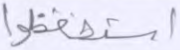
استحفظوا